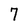
Character: 7